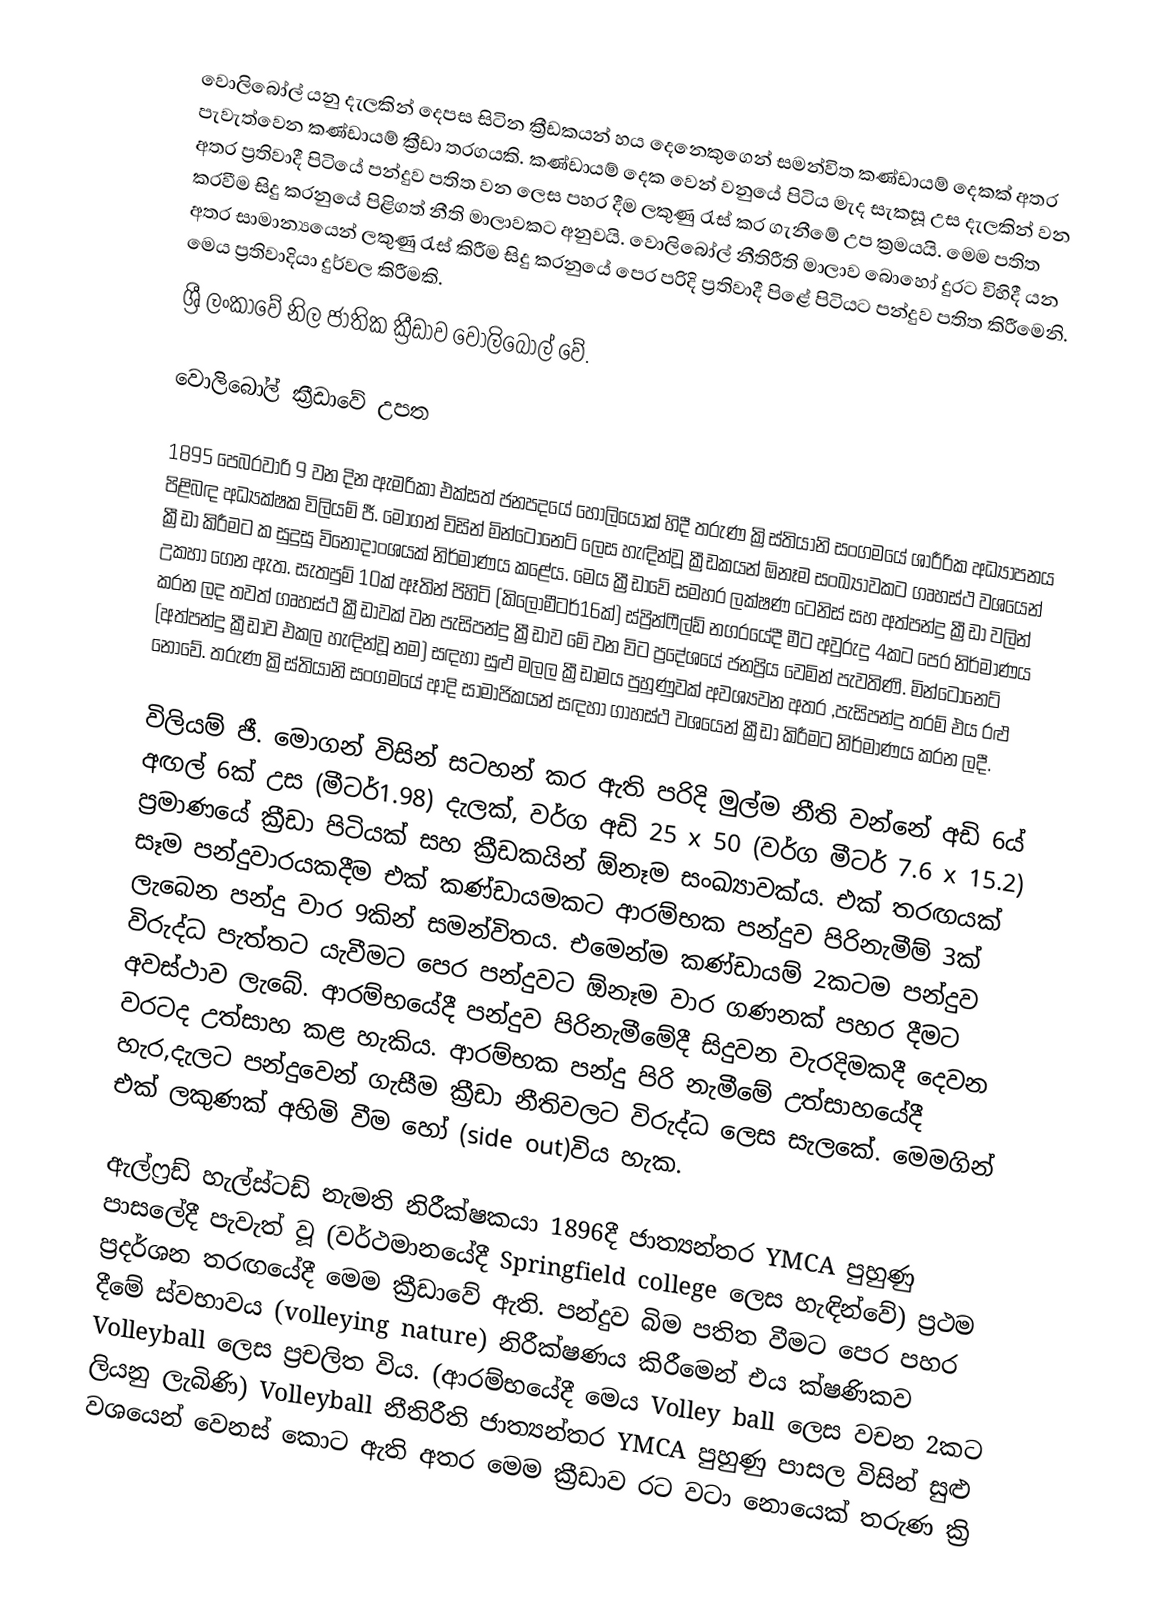
වොලිබෝල් යනු දැලකින් දෙපස සිටින ක්‍රීඩකයන් හය දෙනෙකුගෙන් සමන්විත කණ්ඩායම් දෙකක් අතර පැවැත්වෙන කණ්ඩායම් ක්‍රීඩා තරගයකි. කණ්ඩායම් දෙක වෙන් වනුයේ පිටිය මැද සැකසූ උස දැලකින් වන අතර ප්‍රතිවාදී පිටියේ පන්දුව පතිත වන ලෙස පහර දීම ලකුණු රැස් කර ගැනීමේ උප ක්‍රමයයි. මෙම පතිත කරවීම සිදු කරනුයේ පිළිගත් නීති මාලාවකට අනුවයි. වොලිබෝල් නීතිරීති මාලාව බොහෝ දුරට විහිදී යන අතර සාමාන්‍යයෙන් ලකුණු රැස් කිරීම සිදු කරනුයේ පෙර පරිදි ප්‍රතිවාදී පිළේ පිටියට පන්දුව පතිත කිරීමෙනි. මෙය ප්‍රතිවාදියා දුර්වල කිරීමකි.
ශ්‍රී ලංකාවේ නිල ජාතික ක්‍රීඩාව වොලිබෝල් වේ.

වොලිබෝල් ක්‍රීඩාවේ උපත

1895 පෙබරවාරි 9 වන දින ඇමරිකා එක්සත් ජනපදයේ හොලියෝක් හිදී තරුණ ක්‍රිස්තියානි සංගමයේ ශාරීරික අධ්‍යාපනය පිළිබඳ අධ්‍යක්ෂක විලියම් ජී. මෝගන් විසින් මින්ටොනෙට් ලෙස හැඳින්වූ ක්‍රීඩකයන් ඕනෑම සංඛ්‍යාවකට ගෘහස්ථ වශයෙන් ක්‍රීඩා කිරීමට ක සුදුසු විනෝදාංශයක් නිර්මාණය කළේය. මෙය ක්‍රීඩාවේ සමහර ලක්ෂණ ටෙනිස් සහ අත්පන්දු ක්‍රීඩා වලින් උකහා ගෙන ඇත. සැතපුම් 10ක් ඈතින් පිහිටි (කිලෝමීටර්16ක්) ස්ප්‍රින්ෆීල්ඩ් නගරයේදී මීට අවුරුදු 4කට පෙර නිර්මාණය කරන ලද තවත් ගෘහස්ථ ක්‍රීඩාවක් වන පැසිපන්දු ක්‍රීඩාව මේ වන විට ප්‍රදේශයේ ජනප්‍රිය වෙමින් පැවතිණි. මින්ටොනෙට් (අත්පන්දු ක්‍රීඩාව එකල හැඳින්වූ නම) සඳහා සුළු මලල ක්‍රීඩාමය පුහුණුවක් අවශ්‍යවන අතර ,පැසිපන්දු තරම් එය රළු නොවේ. තරුණ ක්‍රිස්තියානි සංගමයේ ආදි සාම‍ාජිකයන් සඳහා ගාහස්ථ වශයෙන් ක්‍රීඩා කිරීමට නිර්මාණය කරන ලදී.

විලියම් ජී. මොගන් විසින් සටහන් කර ඇති පරිදි මුල්ම නීති වන්නේ අඩි 6ය් අඟල් 6ක් උස (මීටර්1.98) දැලක්, වර්ග අඩි 25 x 50 (වර්ග මීටර් 7.6 x 15.2) ප්‍රමාණයේ ක්‍රීඩා පිටියක් සහ ක්‍රීඩකයින් ඕනෑම සංඛ්‍යාවක්ය. එක් තරඟයක් සෑම පන්දුවාරයකදීම එක් කණ්ඩායමකට ආරම්භක පන්දුව පිරිනැමීම් 3ක් ලැබෙන පන්දු වාර 9කින් සමන්විතය. එමෙන්ම කණ්ඩායම් 2කටම පන්දුව විරුද්ධ පැත්තට යැවීමට පෙර පන්දුවට ඕනෑම වාර ගණනක් පහර දීමට අවස්ථාව ‍ලැබේ. ආරම්භයේදී පන්දුව පිරිනැමීමේදී සිදුවන වැරදිමකදී දෙවන වරටද උත්සාහ කළ හැකිය. ආරම්භක පන්දු පිරි නැමීමේ උත්සාහයේදී හැර,දැලට පන්දුවෙන් ගැසීම ක්‍රීඩා නීතිවලට විරුද්ධ ලෙස සැලකේ. මෙමගින් එක් ලකුණක් අහිමි වීම හෝ (side out)විය හැක.

ඇල්ෆ්‍රඩ් හැල්ස්ටඩ් නැමති නිරීක්ෂකයා 1896දී ජාත්‍යන්තර YMCA පුහුණු පාසලේදී පැවැත් වූ (වර්ථමානයේදී Springfield college ලෙස හැඳින්වේ) ප්‍රථම ප්‍රදර්ශන තරඟයේදී මෙම ක්‍රීඩාවේ ඇති. පන්දුව බිම පතිත වීමට පෙර පහර දීමේ ස්වභාවය (volleying nature) නිරීක්ෂණය කිරීමෙන් එය ක්ෂණිකව Volleyball ලෙස ප්‍රචලිත විය. (ආරම්භයේදී මෙය Volley ball ලෙස වචන 2කට ලියනු ලැබිණි) Volleyball නීතිරීති ජාත්‍යන්තර YMCA පුහුණු පාසල විසින් සුළු වශයෙන් වෙනස් කොට ඇති අතර මෙම ක්‍රීඩාව රට වටා නොයෙක් තරුණ ක්‍රි